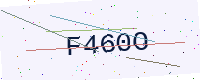
Text: F460O